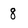
Character: 8